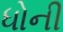
ધોની